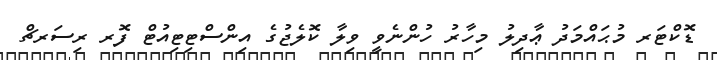
ޑޮކްޓަރ މުޙައްމަދު ޢާދިލު މިހާރު ހުންނެވީ ވިލާ ކޮލެޖުގެ އިންސްޓިޓިއުޓް ފޮރ ރިސަރޗް